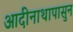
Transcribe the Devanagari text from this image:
आदीनाथापासुन